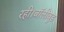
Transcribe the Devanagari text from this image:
रही।बॉलीवुड